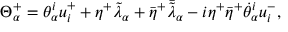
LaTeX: \Theta _ { \alpha } ^ { + } = \theta _ { \alpha } ^ { i } u _ { i } ^ { + } + \eta ^ { + } \tilde { \lambda } _ { \alpha } + { \bar { \eta } } ^ { + } { \bar { \tilde { \lambda } } } _ { \alpha } - i \eta ^ { + } { \bar { \eta } } ^ { + } { \dot { \theta } } _ { \alpha } ^ { i } u _ { i } ^ { - } ,